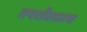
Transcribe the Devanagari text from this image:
तपशीलातच